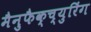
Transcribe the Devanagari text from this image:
मैनुफैक्च्युरिंग